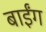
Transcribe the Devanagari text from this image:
बाईंग